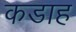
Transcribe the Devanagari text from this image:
कडाह